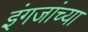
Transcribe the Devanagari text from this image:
इंगजांच्या